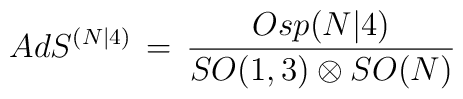
AdS^{(N|4)}\,=\,\frac{Osp(N\vert 4)}{SO(1,3)\otimes SO(N)}